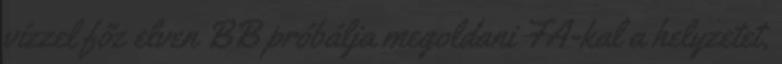
vízzel főz elven BB próbálja megoldani FA-kal a helyzetet,